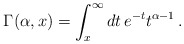
\begin{align*}\Gamma(\alpha ,x)=\int_{x}^{\infty}dt\, e^{-t}t^{\alpha-1}\,.\end{align*}